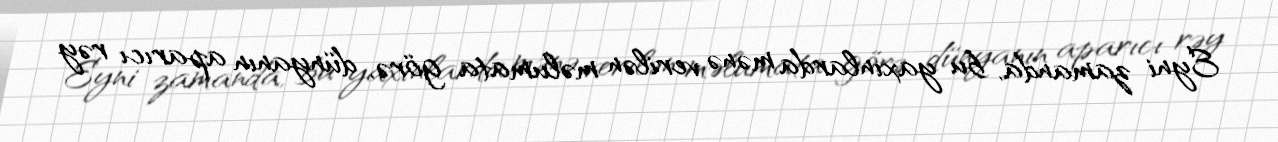
Eyni zamanda, bu yaxınlarda mənə verilən məlumata görə, dünyanın aparıcı rəy